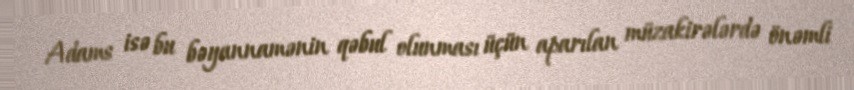
Adams isə bu bəyannamənin qəbul olunması üçün aparılan müzakirələrdə önəmli